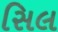
સિલ